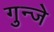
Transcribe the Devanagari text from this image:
गुन्जे